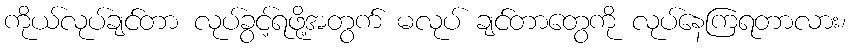
ကိုယ်လုပ်ချင်တာ လုပ်ခွင့်ရဖို့အတွက် မလုပ် ချင်တာတွေကို လုပ်နေကြရတာလား၊